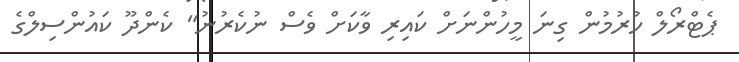
ޕެޓްރޯލް ހުރުމުން ގިނަ މީހުންނަށް ކައިރި ވާކަށް ވެސް ނުކެރުނު" ކެންދޫ ކައުންސިލްގެ